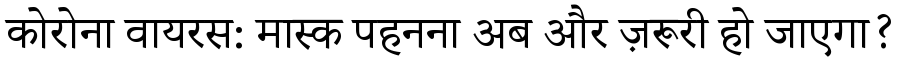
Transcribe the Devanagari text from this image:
कोरोना वायरस: मास्क पहनना अब और ज़रूरी हो जाएगा?